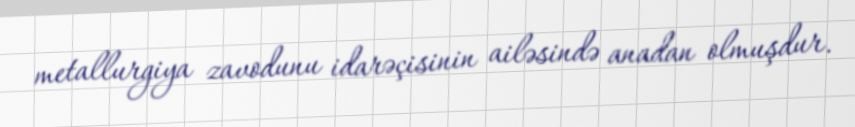
metallurgiya zavodunu idarəçisinin ailəsində anadan olmuşdur.